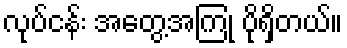
လုပ်ငန်း အတွေ့အကြုံ ပိုရှိတယ်။